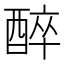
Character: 醉